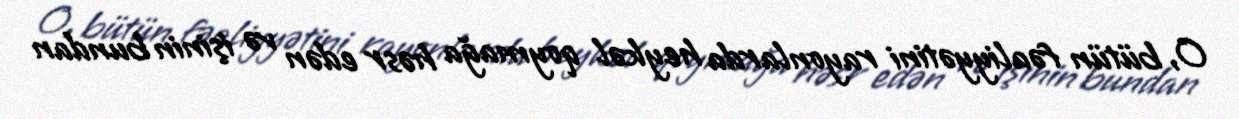
O, bütün fəaliyyətini rayonlarda heykəl qoymağa həsr edən və işinin bundan